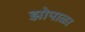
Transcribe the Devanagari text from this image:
झोपाळा